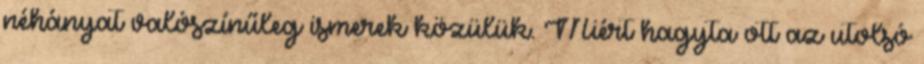
néhányat valószínűleg ismerek közülük. Miért hagyta ott az utolsó